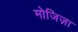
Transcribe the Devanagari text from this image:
मोजिज़ा